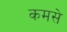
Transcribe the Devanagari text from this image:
कमसे